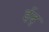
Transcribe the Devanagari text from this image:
ईद्